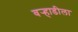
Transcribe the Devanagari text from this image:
वर्‍हाडीला